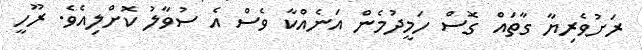
ރަށުވެރިޔާ ގާތައް ގޮސް ހަމީދުމެން އަނެއްކާ ވެސް އެ ސުވާލު ކޮށްލިއެވެ. ރޫހީ